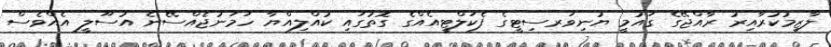
ލާޒިމުކުރާއިރު ރާއްޖޭގެ ގައުމީ ޔުނިވަރސިޓީގެ ފެކަލްޓީއެއްގެ ގޮތުގައި ކުއްލިއްޔާ ހަމަނުޖެއްސޭނެ އުސޫލީ އެއްވެސް